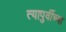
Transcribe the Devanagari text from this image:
त्यापुर्वीच्या